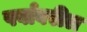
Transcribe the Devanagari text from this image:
पर्वावरील